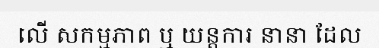
លើ សកម្មភាព ឬ យន្តការ នានា ដែល